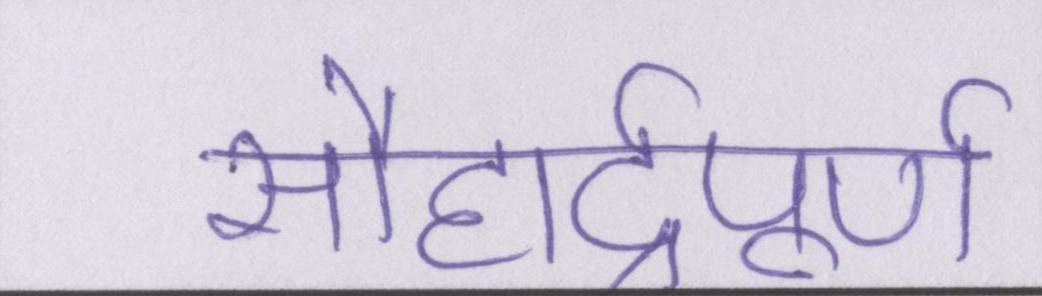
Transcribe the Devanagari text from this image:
सौहार्द्रपूर्ण